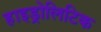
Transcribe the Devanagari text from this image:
हाइड्रोलिटिक